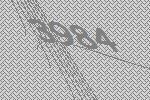
3984